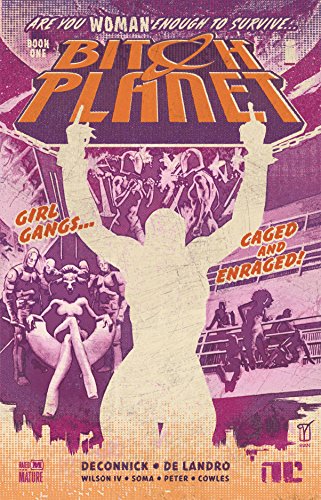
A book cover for Bitch Planet, Vol. 1: Extraordinary Machine; Kelly Sue DeConnick; Comics & Graphic Novels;